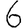
Digit: 6